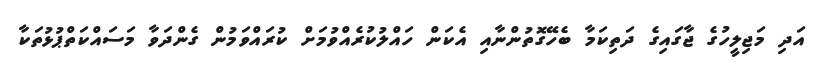
އަދި މަޖިލީހުގެ ޖާގައިގެ ދަތިކަމާ ބެހޭގޮތުންނާއި އެކަން ހައްލުކުރެއްވުމަށް ކުރައްވަމުން ގެންދަވާ މަސައްކަތްޕުޅުތަކާ